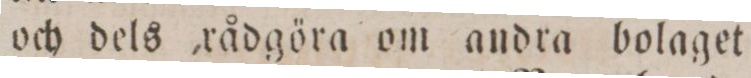
och dels rådgöra om andra bolaget